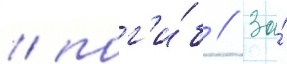
/ пог'и́б // За́